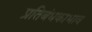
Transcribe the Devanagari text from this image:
प्रतिबंधकाभाव